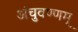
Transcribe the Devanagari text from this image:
अंचुवण्णम्